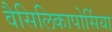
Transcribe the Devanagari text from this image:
वैसिलिकापोर्सिया